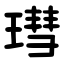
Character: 㻰